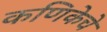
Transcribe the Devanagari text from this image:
कणिकेचे